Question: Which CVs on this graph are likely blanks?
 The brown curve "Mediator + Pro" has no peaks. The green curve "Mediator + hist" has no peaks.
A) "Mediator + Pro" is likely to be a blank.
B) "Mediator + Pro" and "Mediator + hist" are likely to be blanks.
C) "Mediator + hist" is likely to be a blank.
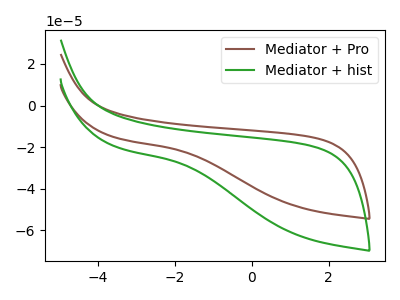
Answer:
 <answer>B) "Mediator + Pro" and "Mediator + hist" are likely to be blanks.</answer>
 <eval>B</eval>